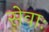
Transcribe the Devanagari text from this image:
सेवाः